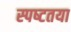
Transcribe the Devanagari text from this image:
स्‍पष्‍टतया